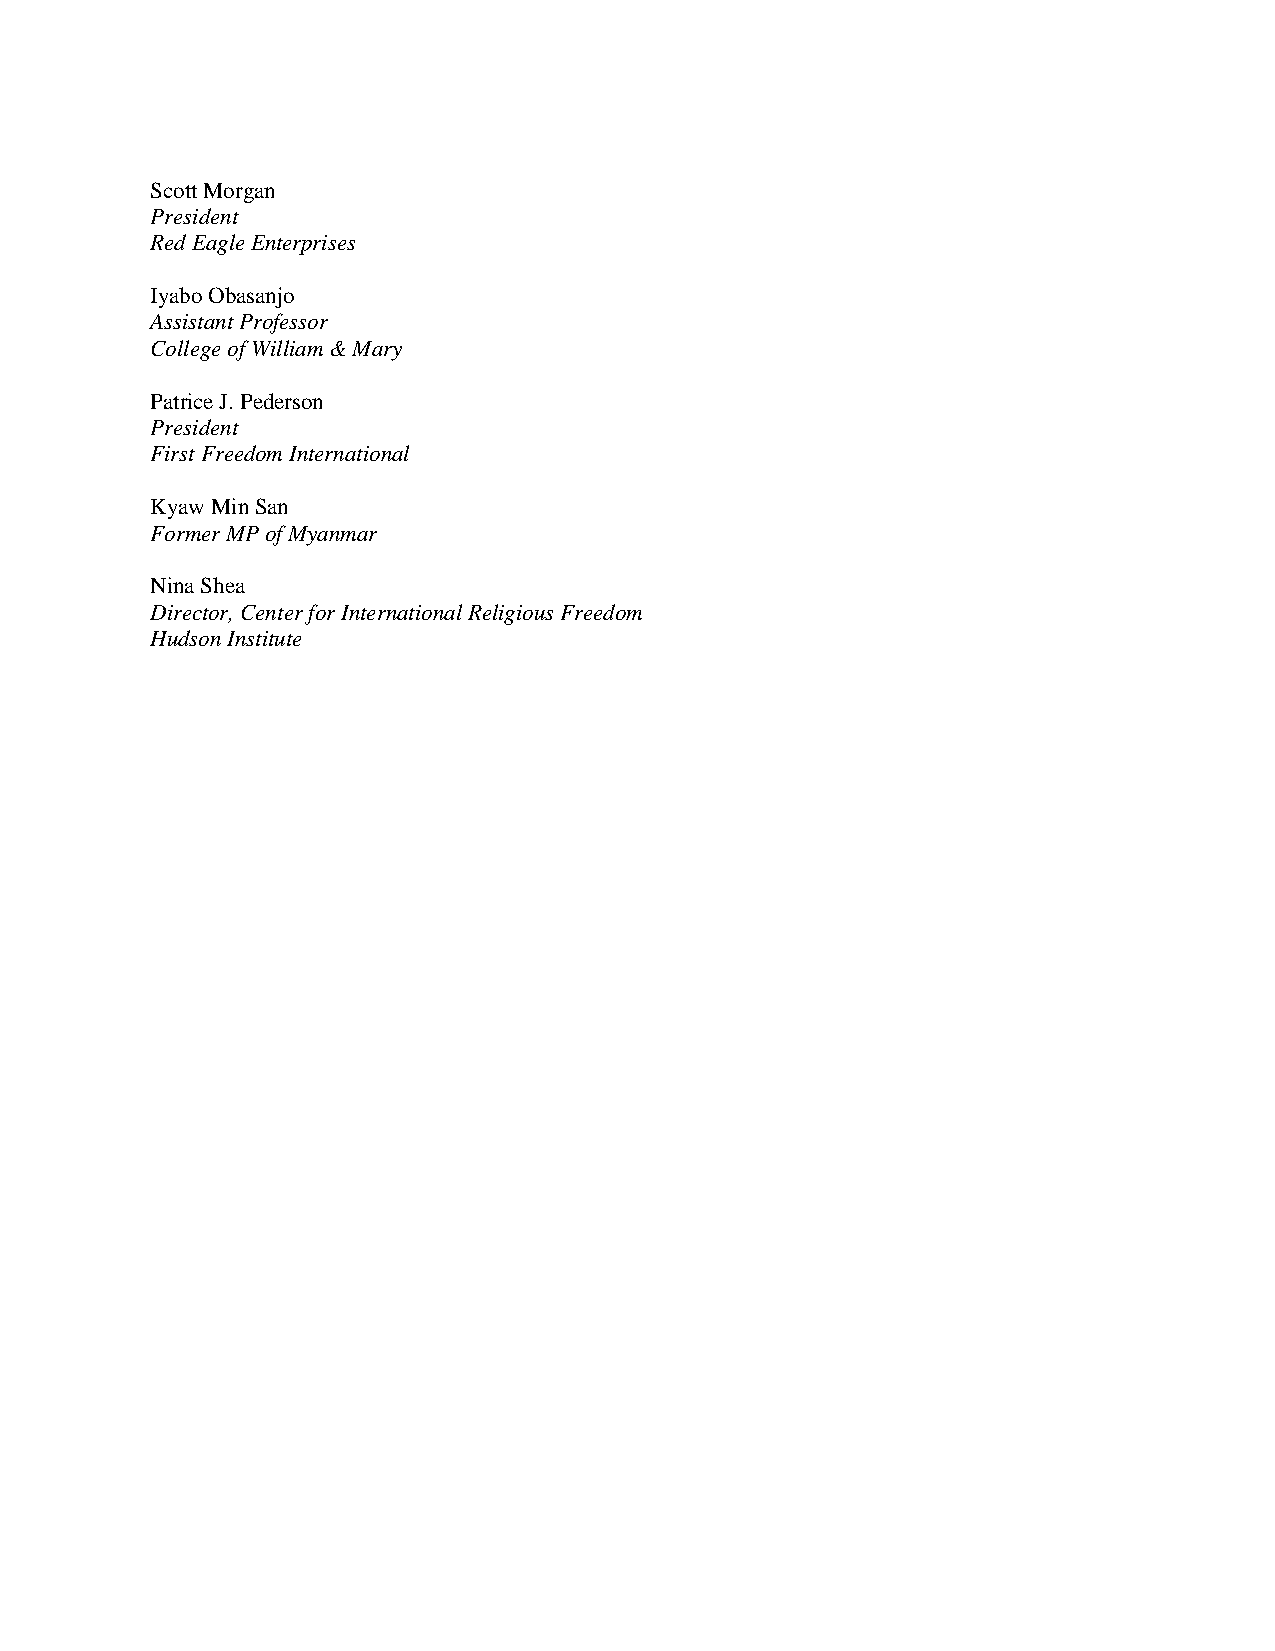
Scott Morgan
 President
 Red Eagle Enterprises
 Iyabo Obasanjo
 Assistant Professor
 College of William & Mary
 Patrice J. Pederson
 President
 First Freedom International
 Kyaw Min San
 Former MP of Myanmar
 Nina Shea
 Director, Center for International Religious Freedom
 Hudson Institute